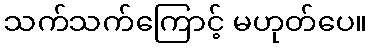
သက်သက်ကြောင့် မဟုတ်ပေ။